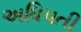
અધિપતી